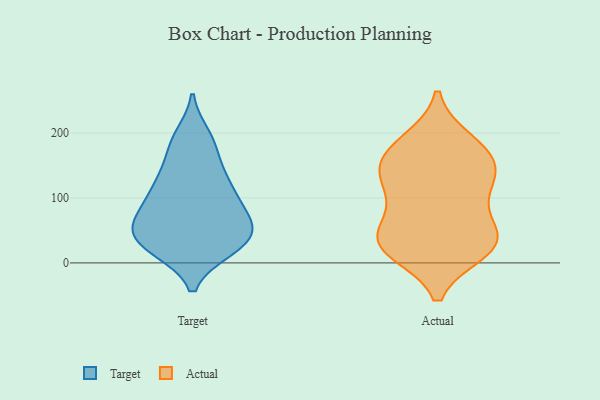
{"axis": {"x": "Page Views", "y": "Value"}, "legend": ["Actual", "Target"], "data": [{"x": "", "y": 26, "type": "Target"}, {"x": "", "y": 40, "type": "Target"}, {"x": "", "y": 43, "type": "Target"}, {"x": "", "y": 79, "type": "Target"}, {"x": "", "y": 25, "type": "Target"}, {"x": "", "y": 101, "type": "Target"}, {"x": "", "y": 183, "type": "Target"}, {"x": "", "y": 51, "type": "Target"}, {"x": "", "y": 59, "type": "Target"}, {"x": "", "y": 194, "type": "Target"}, {"x": "", "y": 182, "type": "Target"}, {"x": "", "y": 22, "type": "Target"}, {"x": "", "y": 140, "type": "Target"}, {"x": "", "y": 77, "type": "Target"}, {"x": "", "y": 77, "type": "Target"}, {"x": "", "y": 51, "type": "Target"}, {"x": "", "y": 117, "type": "Target"}, {"x": "", "y": 130, "type": "Target"}, {"x": "", "y": 22, "type": "Target"}, {"x": "", "y": 118, "type": "Target"}, {"x": "", "y": 33, "type": "Actual"}, {"x": "", "y": 116, "type": "Actual"}, {"x": "", "y": 30, "type": "Actual"}, {"x": "", "y": 33, "type": "Actual"}, {"x": "", "y": 175, "type": "Actual"}, {"x": "", "y": 47, "type": "Actual"}, {"x": "", "y": 29, "type": "Actual"}, {"x": "", "y": 132, "type": "Actual"}, {"x": "", "y": 186, "type": "Actual"}, {"x": "", "y": 20, "type": "Actual"}, {"x": "", "y": 129, "type": "Actual"}, {"x": "", "y": 157, "type": "Actual"}, {"x": "", "y": 163, "type": "Actual"}, {"x": "", "y": 90, "type": "Actual"}]}